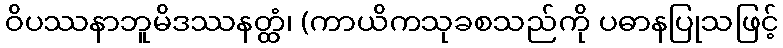
ဝိပဿနာဘူမိဒဿနတ္ထံ၊ (ကာယိကသုခစသည်ကို ပဓာနပြုသဖြင့်